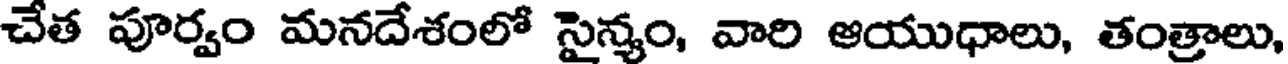
చేత పూర్వం మనదేశంలో సైన్యం, వారి ఆయుధాలు, తంత్రాలు,